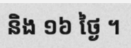
និង ១៦ ថ្ងៃ ។